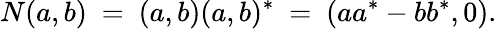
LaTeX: N(a,b)\ =\ (a,b)(a,b)^{*}\ =\ (aa^{*}-bb^{*},0).